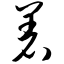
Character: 着